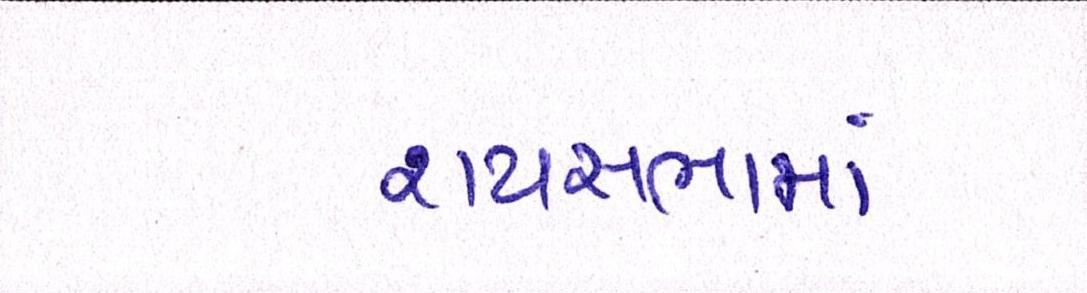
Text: રાયસભામાં